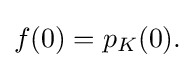
{\textstyle f(0)=p_{K}(0).}